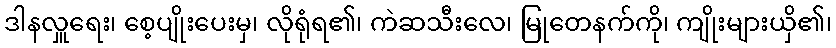
ဒါနလှူရေး၊ စေ့ပျိုးပေးမှ၊ လိုရုံရ၏၊ ကဲဆသီးလေ၊ မြုတေနက်ကို၊ ကျိုးများယှိ၏၊